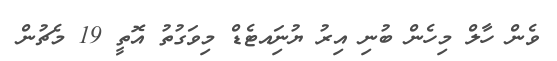
ވެން ހާލް މިހެން ބުނި އިރު ޔުނިައޓެޑް މިވަގުތު އޮތީ 19 މެޗުން